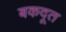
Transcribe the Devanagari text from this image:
बकदूत